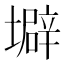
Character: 壀